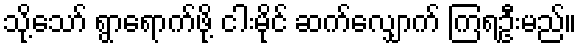
သို့သော် ရွာရောက်ဖို့ ငါးမိုင် ဆက်လျှောက် ကြရဦးမည်။